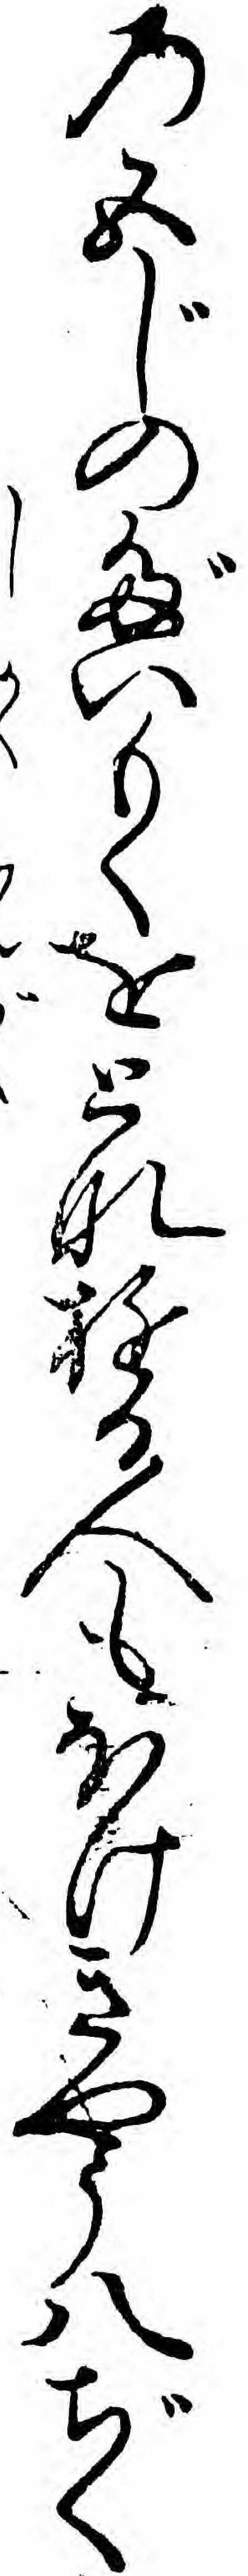
の五じのだいもくをとなゆる人もほけきやう八ぢく